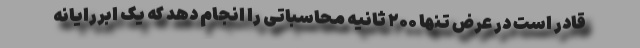
قادر است در عرض تنها ۲۰۰ ثانیه محاسباتی را انجام دهد که یک ابررایانه